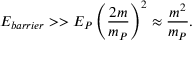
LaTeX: E _ { b a r r i e r } > > E _ { P } \left( { \frac { 2 m } { m _ { P } } } \right) ^ { 2 } \approx { \frac { m ^ { 2 } } { m _ { P } } } .